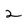
Character: 2